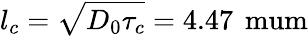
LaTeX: l_{c}=\sqrt{D_{0}\tau_{c}}=4.47\, \mathrm{\ mum}